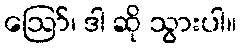
ဪ၊ ဒါ ဆို သွားပါ။